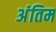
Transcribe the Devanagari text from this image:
अंंतिम